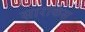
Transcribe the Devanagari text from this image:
साराकेंस